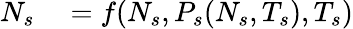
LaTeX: \begin{array}{rl}{N_{s}}&{{}=f(N_{s},P_{s}(N_{s},T_{s}),T_{s})}\end{array}